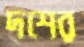
দশের